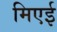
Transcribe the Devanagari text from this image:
मिएई